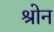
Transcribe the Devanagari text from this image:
श्रोन